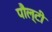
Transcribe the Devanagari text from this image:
पौल्टी